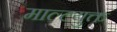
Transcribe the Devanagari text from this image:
माल्टयुक्त